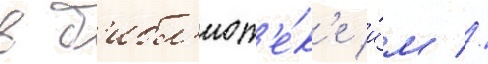
в б'ибл'иот'е́к'е и́м //